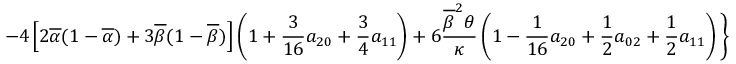
\displaystyle { - 4 \left[ 2 \overline { { \alpha } } ( 1 - \overline { { \alpha } } ) + 3 \overline { { \beta } } ( 1 - \overline { { \beta } } ) \right] \left( 1 + \frac { 3 } { 1 6 } a _ { 2 0 } + \frac { 3 } { 4 } a _ { 1 1 } \right) + 6 \frac { \overline { { \beta } } ^ { 2 } \theta } { \kappa } \left( 1 - \frac { 1 } { 1 6 } a _ { 2 0 } + \frac { 1 } { 2 } a _ { 0 2 } + \frac { 1 } { 2 } a _ { 1 1 } \right) \Bigg \} }